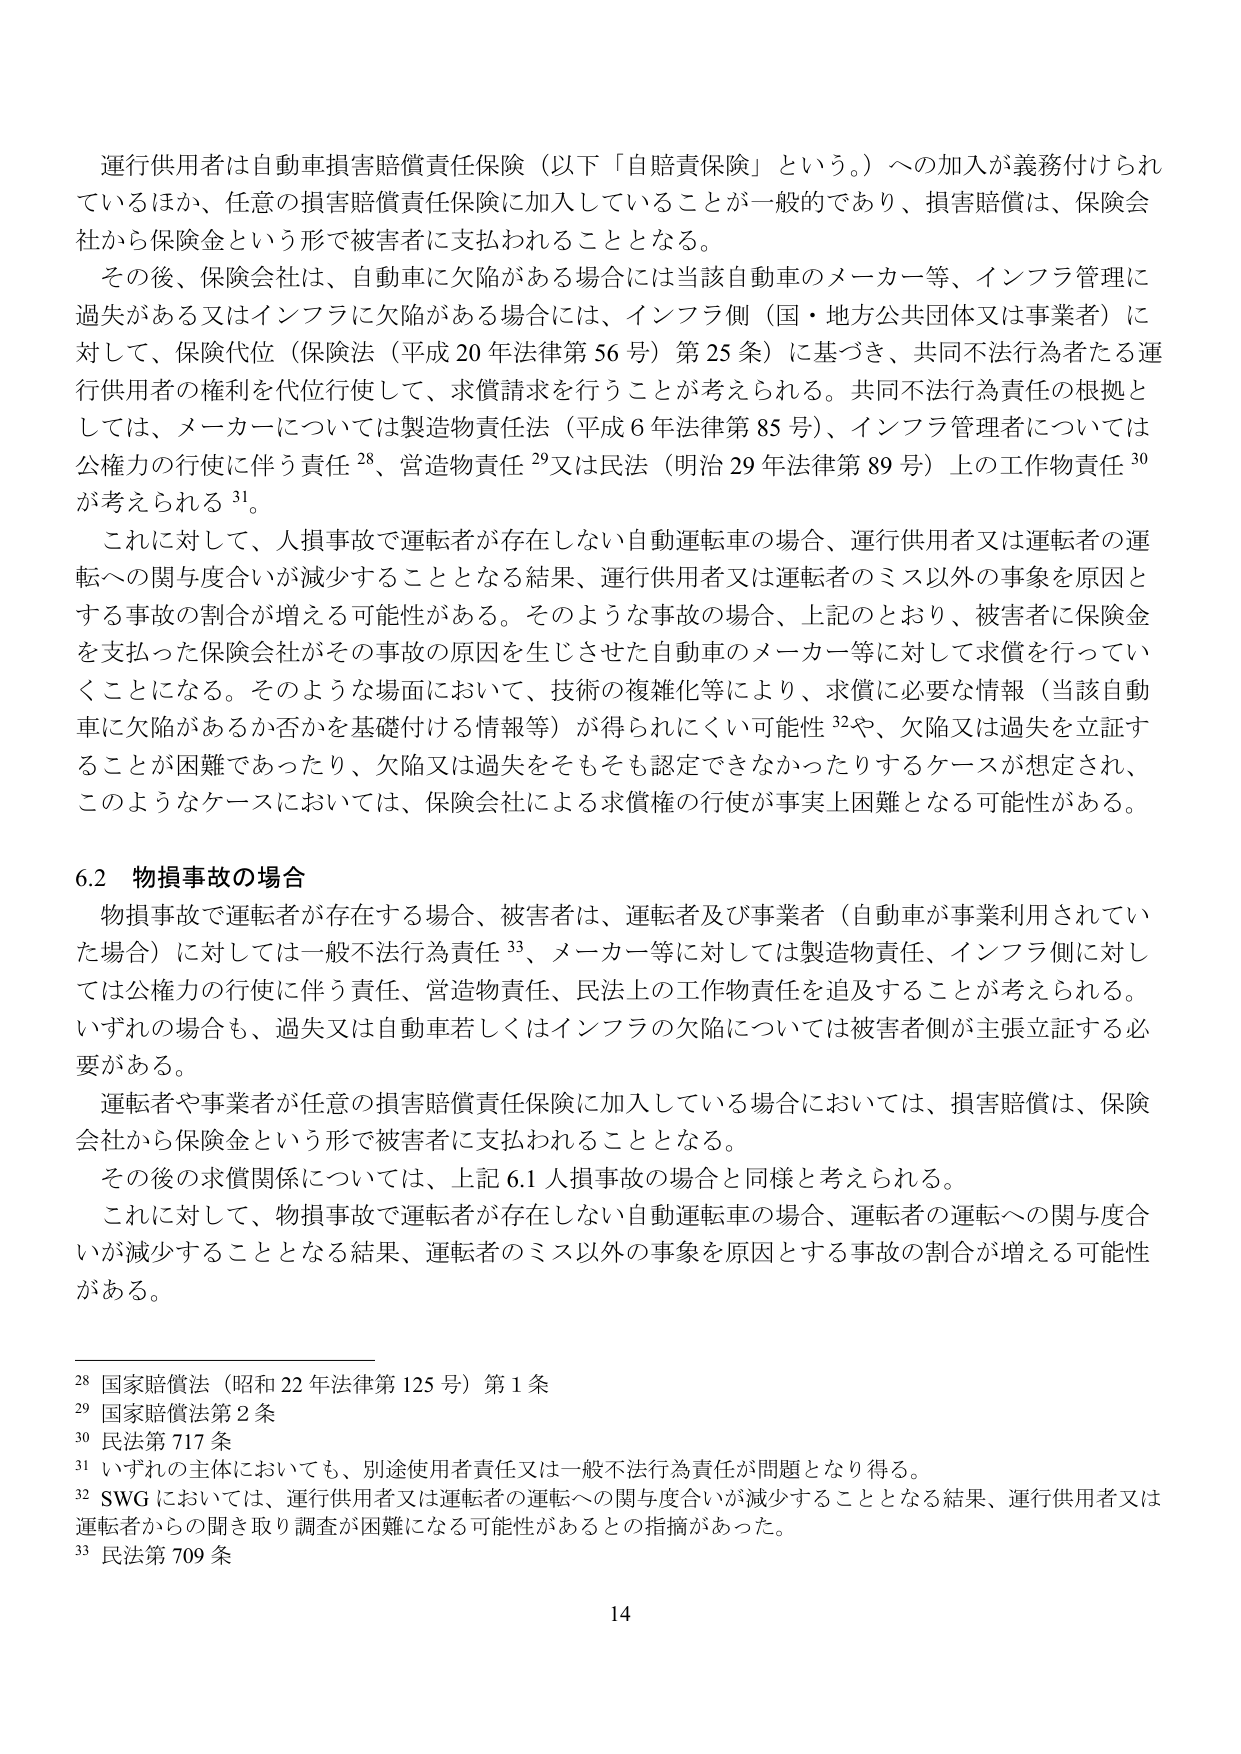
運行供用者は自動車損害賠償責任保険（以下「自賠責保険」という。）への加入が義務付けられているほか、任意の損害賠償責任保険に加入していることが一般的であり、損害賠償は、保険会社から保険金という形で被害者に支払われることとなる。

その後、保険会社は、自動車に欠陥がある場合には当該自動車のメーカー等、インフラ管理に過失がある又はインフラに欠陥がある場合には、インフラ側（国・地方公共団体又は事業者）に対して、保険代位（保険法（平成20年法律第56号）第25条）に基づき、共同不法行為者たる運行供用者の権利を代位行使して、求償請求を行うことが考えられる。共同不法行為責任の根拠としては、メーカーについては製造物責任法（平成6年法律第85号）、インフラ管理者については公権力の行使に伴う責任28、営造物責任29又は民法（明治29年法律第89号）上の工作物責任30が考えられる31。

これに対して、人損事故で運転者が存在しない自動運転車の場合、運行供用者又は運転者の運転への関与度合いが減少することとなる結果、運行供用者又は運転者のミス以外の事象を原因とする事故の割合が増える可能性がある。そのような事故の場合、上記のとおり、被害者に保険金を支払った保険会社がその事故の原因を生じさせた自動車のメーカー等に対して求償を行っていくことになる。そのような場面において、技術の複雑化等により、求償に必要な情報（当該自動車に欠陥があるか否かを基礎付ける情報等）が得られにくい可能性32や、欠陥又は過失を立証することが困難であったり、欠陥又は過失をそもそも認定できなかったりするケースが想定され、このようなケースにおいては、保険会社による求償権の行使が事実上困難となる可能性がある。

6.2 物損事故の場合

物損事故で運転者が存在する場合、被害者は、運転者及び事業者（自動車が事業利用されていた場合）に対しては一般不法行為責任33、メーカー等に対しては製造物責任、インフラ側に対しては公権力の行使に伴う責任、営造物責任、民法上の工作物責任を追及することが考えられる。いずれの場合も、過失又は自動車若しくはインフラの欠陥については被害者側が主張立証する必要がある。

運転者や事業者が任意の損害賠償責任保険に加入している場合においては、損害賠償は、保険会社から保険金という形で被害者に支払われることとなる。

その後の求償関係については、上記6.1人損事故の場合と同様と考えられる。

これに対して、物損事故で運転者が存在しない自動運転車の場合、運転者の運転への関与度合いが減少することとなる結果、運転者のミス以外の事象を原因とする事故の割合が増える可能性がある。

28 国家賠償法（昭和22年法律第125号）第1条
29 国家賠償法第2条
30 民法第717条
31 いずれの主体においても、別途使用者責任又は一般不法行為責任が問題となり得る。
32 SWGにおいては、運行供用者又は運転者の運転への関与度合いが減少することとなる結果、運行供用者又は運転者からの聞き取り調査が困難になる可能性があるとの指摘があった。
33 民法第709条

14